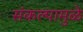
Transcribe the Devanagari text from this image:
संकल्पामुळे